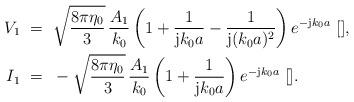
LaTeX: \begin{align*} V_{1}&~=~\sqrt{\frac{8 \pi \eta_0}{3}} \,\frac{A_{1}}{k_0} \, \bigg(1 + \frac{1}{\textrm{j}k_0a} - \frac{1}{\textrm{j}(k_0a)^2}\bigg)\,e^{-\textrm{j}k_0a}~[], \\I_{1}&~=~-\sqrt{\frac{8 \pi\eta_0}{3}}\,\frac{A_{1}}{k_0} \, \bigg(1 + \frac{1}{\textrm{j}k_0a}\bigg) \,e^{-\textrm{j}k_0a}~[]. \end{align*}